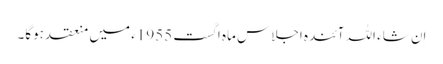
اِن شاء اللہ آئندہ اجلاس ماہِ اگست 1955ء میں منعقد ہوگا۔